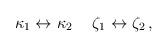
LaTeX: \begin{align*}\kappa_1 \leftrightarrow \kappa_2 \hspace{0.5cm} \zeta_1 \leftrightarrow \zeta_2 \, ,\end{align*}